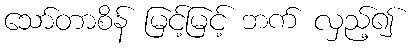
သော်တာစိန် မြင့်မြင့် ဘက် လှည့်၍